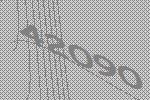
42090